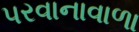
પરવાનાવાળા